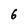
Character: 6